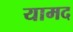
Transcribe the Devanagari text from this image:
यामद